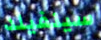
سينفيلد